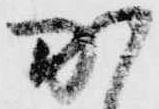
加